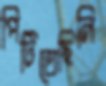
পিটিতেছিলি